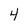
Character: 4